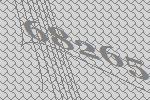
68265